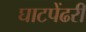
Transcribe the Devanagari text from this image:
घाटपेंढरी